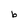
Character: b